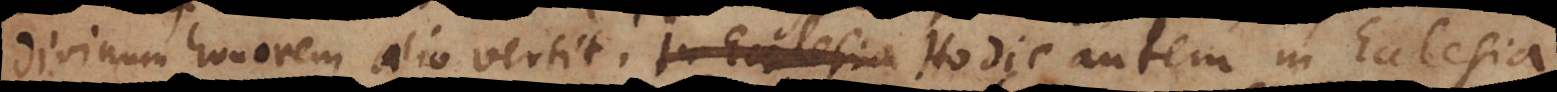
divinum honorem alio vertit. Hodie autem in Ecclesia